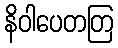
နိဝါပေတတြ